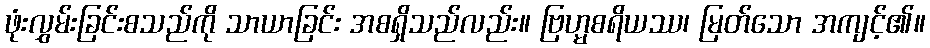
ဖုံးလွှမ်းခြင်းစသည်ကို သာယာခြင်း အစရှိသည်လည်း။ ဗြဟ္မစရိယဿ၊ မြတ်သော အကျင့်၏။